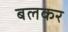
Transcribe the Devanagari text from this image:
बलकर